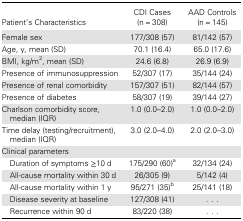
| Patient's Characteristics | CDI Cases (n = 308) | AAD Controls (n = 145) |
 | --- | --- | --- |
 | Female sex | 177/308 (57) | 81/142 (57) |
 | Age, y, mean (SD) | 70.1 (16.4) | 65.0 (17.6) |
 | BMI, kg/m2, mean (SD) | 24.6 (6.8) | 26.9 (6.9) |
 | Presence of immunosuppression | 52/307 (17) | 35/144 (24) |
 | Presence of renal comorbidity | 157/307 (51) | 82/144 (57) |
 | Presence of diabetes | 58/307 (19) | 39/144 (27) |
 | Charlson comorbidity score, median (IQR) | 1.0 (0.0–2.0) | 1.0 (0.0–2.0) |
 | Time delay (testing/recruitment), median (IQR) | 3.0 (2.0–4.0) | 2.0 (2.0–3.0) |
 | <COLSPAN=3> Clinical parameters |
 | Duration of symptoms ≥10 d | 175/290 (60)a | 32/134 (24) |
 | All-cause mortality within 30 d | 26/305 (9) | 5/142 (4) |
 | All-cause mortality within 1 y | 95/271 (35)b | 25/141 (18) |
 | Disease severity at baseline | 127/308 (41) | ... |
 | Recurrence within 90 d | 83/220 (38) | ... |